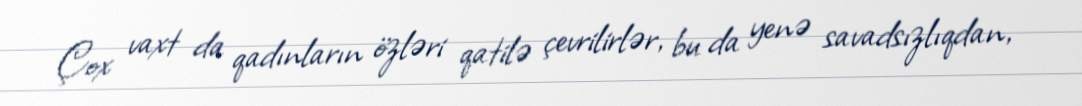
Çox vaxt da qadınların özləri qatilə çevrilirlər, bu da yenə savadsızlıqdan,